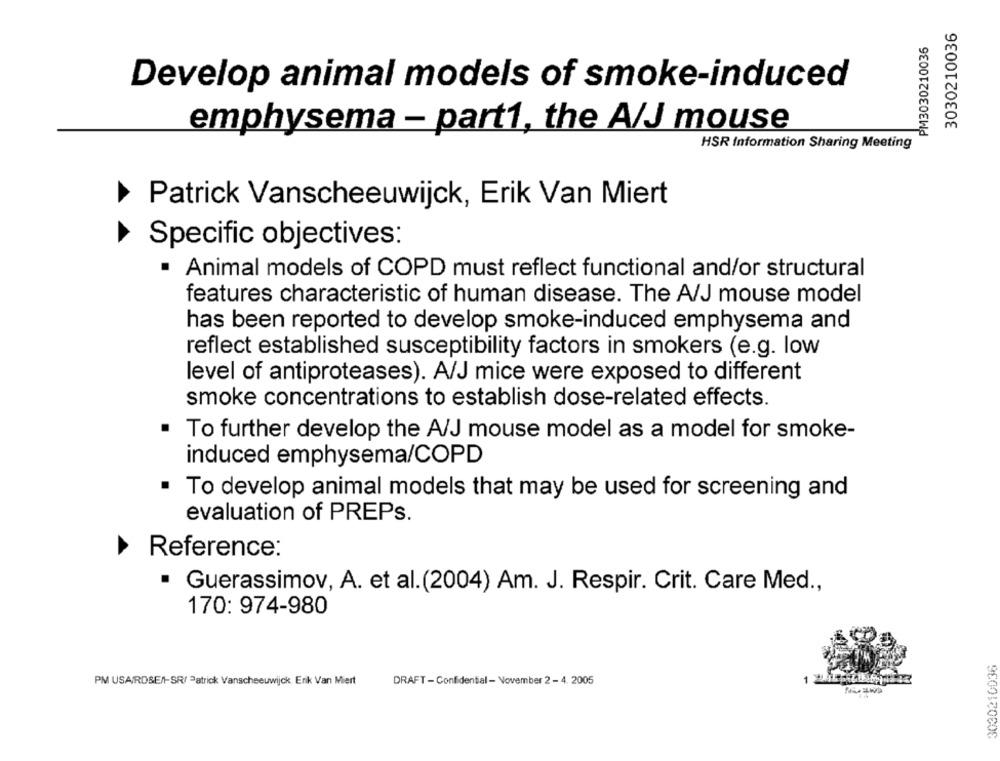
3030210036
PM3030210036
Develop animal models of smoke-induced
emphysema - part1, the A/J mouse
HSR Information Sharing Meeting
Patrick Vanscheeuwijck, Erik Van Miert
Specific objectives:
Animal models of COPD must reflect functional and/or structural
features characteristic of human disease. The A/J mouse model
has been reported to develop smoke-induced emphysema and
reflect established susceptibility factors in smokers (e.g. low
level of antiproteases). A/J mice were exposed to different
smoke concentrations to establish dose-related effects.
· To further develop the A/J mouse model as a model for smoke-
induced emphysema/COPD
To develop animal models that may be used for screening and
evaluation of PREPs.
Reference:
· Guerassimov, A. et al.(2004) Am. J. Respir. Crit. Care Med .,
170: 974-980
3030210036
1 3
PM USAIRDSEN-SR/ Patrick Vanscheeuwijck Erik Van Miert
DRAFT - Confidential - November 2 - 4. 2005